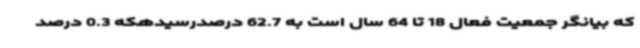
که بیانگر جمعیت فعال 18 تا 64 سال است به 62.7 درصدرسیدهکه 0.3 درصد